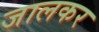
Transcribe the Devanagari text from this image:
जालकर